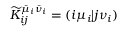
\widetilde { K } _ { i j } ^ { \bar { \mu } _ { i } \bar { \nu } _ { i } } = ( i \mu _ { i } \vert j \nu _ { i } )